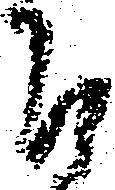
召